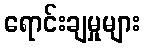
ရောင်းချမှုများ